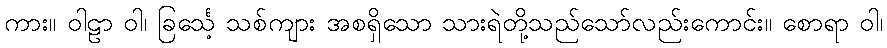
ကား။ ဝါဠာ ဝါ၊ ခြင်္သေ့ သစ်ကျား အစရှိသော သားရဲတို့သည်သော်လည်းကောင်း။ စောရာ ဝါ၊